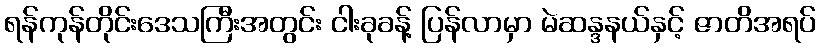
ရန်ကုန်တိုင်းဒေသကြီးအတွင်း ငါးခုခန့် ပြန်လာမှာ မဲဆန္ဒနယ်နှင့် ဇာတိအရပ်